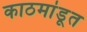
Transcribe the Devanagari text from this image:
काठमांडूत